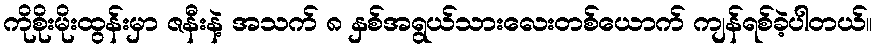
ကိုစိုးမိုးထွန်းမှာ ဇနီးနဲ့ အသက် ၈ နှစ်အရွယ်သားလေးတစ်ယောက် ကျန်ရစ်ခဲ့ပါတယ်။